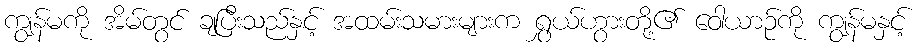
ကျွန်မကို အိမ်တွင် ချပြီးသည်နှင့် အထမ်းသမားများက ရွှယ်ဟွားတို့၏ ဝေါယာဉ်ကို ကျွန်မနှင့်